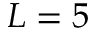
L = 5